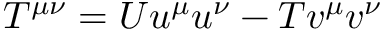
T ^ { \mu \nu } = U u ^ { \mu } u ^ { \nu } - T v ^ { \mu } v ^ { \nu }